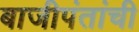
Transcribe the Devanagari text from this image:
बाजीपंतांची